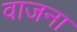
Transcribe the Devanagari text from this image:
वाजना